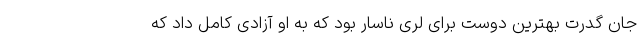
جان گدرت بهترین دوست برای لری ناسار بود که به او آزادی کامل داد که